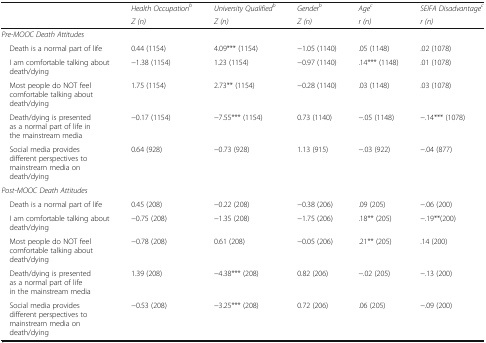
|  | Health Occupationb | University Qualifiedb | Genderb | Agec | SEIFA Disadvantagec |
 |  | Z (n) | Z (n) | Z (n) | r (n) | r (n) |
 | --- | --- | --- | --- | --- | --- |
 | <COLSPAN=6> Pre-MOOC Death Attitudes |
 | Death is a normal part of life | 0.44 (1154) | 4.09*** (1154) | −1.05 (1140) | .05 (1148) | .02 (1078) |
 | I am comfortable talking about death/dying | −1.38 (1154) | 1.23 (1154) | −0.97 (1140) | .14*** (1148) | .01 (1078) |
 | Most people do NOT feel comfortable talking about death/dying | 1.75 (1154) | 2.73** (1154) | −0.28 (1140) | .03 (1148) | .03 (1078) |
 | Death/dying is presented as a normal part of life in the mainstream media | −0.17 (1154) | −7.55*** (1154) | 0.73 (1140) | −.05 (1148) | −.14*** (1078) |
 | Social media provides different perspectives to mainstream media on death/dying | 0.64 (928) | −0.73 (928) | 1.13 (915) | −.03 (922) | −.04 (877) |
 | <COLSPAN=6> Post-MOOC Death Attitudes |
 | Death is a normal part of life | 0.45 (208) | −0.22 (208) | −0.38 (206) | .09 (205) | −.06 (200) |
 | I am comfortable talking about death/dying | −0.75 (208) | −1.35 (208) | −1.75 (206) | .18** (205) | −.19**(200) |
 | Most people do NOT feel comfortable talking about death/dying | −0.78 (208) | 0.61 (208) | −0.05 (206) | .21** (205) | .14 (200) |
 | Death/dying is presented as a normal part of life in the mainstream media | 1.39 (208) | −4.38*** (208) | 0.82 (206) | −.02 (205) | −.13 (200) |
 | Social media provides different perspectives to mainstream media on death/dying | −0.53 (208) | −3.25*** (208) | 0.72 (206) | .06 (205) | −.09 (200) |